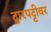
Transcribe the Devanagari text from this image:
द्वारपट्टीवर